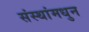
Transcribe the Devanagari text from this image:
संस्थांमधुन